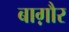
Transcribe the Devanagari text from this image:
बाग़ौर